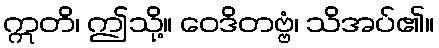
ဣတိ၊ ဤသို့။ ဝေဒိတဗ္ဗံ၊ သိအပ်၏။